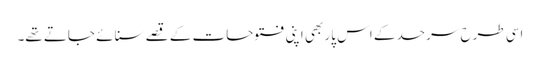
اسی طرح سرحد کے اس پار بھی اپنی فتوحات کے قصے سنائے جاتے تھے۔